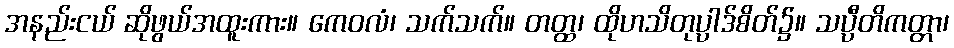
အနည်းငယ် ဆိုဖွယ်အထူးကား။ ကေဝလံ၊ သက်သက်။ တတ္ထ၊ ထိုဟသိတုပ္ပါဒ်စိတ်၌။ သပ္ပီတိကတ္တာ၊